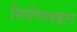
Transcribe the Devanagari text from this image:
निर्यणाबद्दल